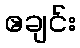
ဧချင်း